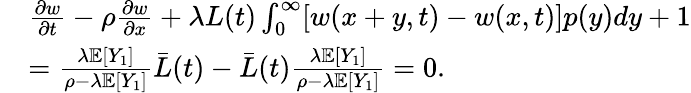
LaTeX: \begin{array}{rl}&{\frac{\partial w}{\partial t}-\rho\frac{\partial w}{\partial x}+\lambda L(t)\int_{0}^{\infty}[w(x+y,t)-w(x,t)]p(y)dy+1}\\ &{=\frac{\lambda\mathbb{E}[Y_{1}]}{\rho-\lambda\mathbb{E}[Y_{1}]}\bar{L}(t)-\bar{L}(t)\frac{\lambda\mathbb{E}[Y_{1}]}{\rho-\lambda\mathbb{E}[Y_{1}]}=0.}\end{array}